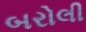
બરોલી